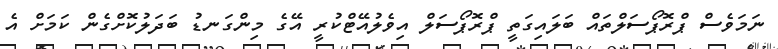
ނަމަވެސް ޕްރޮޕޯސަލްތައް ބަލައިގަތީ ޕްރޮޕޯސަލް އިވެލުއޭޓްކުރީ އޭގެ މިންގަނޑު ބަދަލުކޮށްގެން ކަމަށް އެ